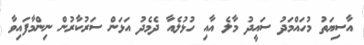
އާސިޔަތު މުހައްމަދު ސައީދު މާލެ އާއި ހުޅުލެއާ ދެމެދު އަޅަން ސަރުކާރުން ނިންމާފައިވާ